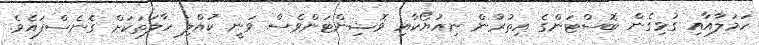
ހަމަލާއާއި ގުޅިގެން ބޮސްޓަންގެ އިތުރުން ނިއުޔޯކާއި ވޮޝިންޓަންވެސް ވަނީ ކުއްލި ހާލަތަކަށް ގެނެސްފައެވެ.